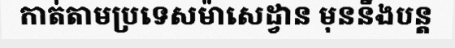
កាត់តាមប្រទេសម៉ាសេដ្វាន មុននឹងបន្ត